Civil Veterinary Department Bengal reports 1923-33 - 1923-1933
Year: 1923
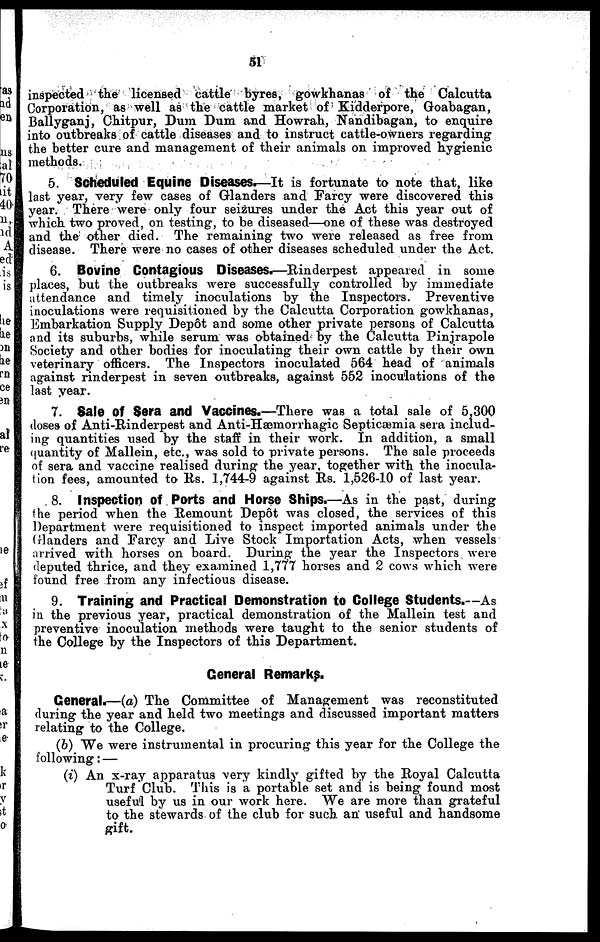
51
inspected the licensed cattle byres, gowkhanas of the Calcutta
Corporation, as well as the cattle market of Kidderpore, Goabagan,
Ballyganj, Chitpur, Dum Dum and Howrah, Nandibagan, to enquire
into outbreaks of cattle diseases and to instruct cattle-owners regarding
the better cure and management of their animals on improved hygienic
methods.
5. Scheduled Equine Diseases.—It is fortunate to note that, like
last year, very few cases of Glanders and Farcy were discovered this
year. There were only four seizures under the Act this year out of
which two proved, on testing, to be diseased—one of these was destroyed
and the other died. The remaining two were released as free from
disease. There were no cases of other diseases scheduled under the Act.
6. Bovine Contagious Diseases.—Rinderpest appeared in some
places, but the outbreaks were successfully controlled by immediate
attendance and timely inoculations by the Inspectors. Preventive
inoculations were requisitioned by the Calcutta Corporation gowkhanas,
Embarkation Supply Depot and some other private persons of Calcutta
and its suburbs, while serum was obtained by the Calcutta Pinjrapole
Society and other bodies for inoculating their own cattle by their own
veterinary officers. The Inspectors inoculated 564 head of animals
against rinderpest in seven outbreaks, against 552 inoculations of the
last year.
7. Sale of Sera and Vaccines.—There was a total sale of 5.300
doses of Anti-Rinderpest and Anti-Hæinorrhagic Septicæmia sera includ-
ing quantities used by the staff in their work. In addition, a small
quantity of Mallein, etc., was sold to private persons. The sale proceeds
of sera and vaccine realised during the year, together with the inocula-
tion fees, amounted to lis. 1,744-9 against Rs. 1,526-10 of last year.
8. Inspection of Ports and Horse Ships.—As in the past, during
the period when the Remount Depot was closed, the services of this
Department were requisitioned to inspect imported animals under the
Glanders and Farcy and Live Stock Importation Acts, when vessels
arrived with horses on board. During the year the Inspectors were
deputed thrice, and they examined 1,777 horses and 2 cows which were
found free from any infectious disease.
9. Training and Practical Demonstration to College Students.—As
in the previous year, practical demonstration of the Mallein test and
preventive inoculation methods were taught to the senior students of
the College by the Inspectors of this Department.
General Remarks.
General.—(a) The Committee of Management was reconstituted
during the year and held two meetings and discussed important matters
relating to the College.
(b) We were instrumental in procuring this year for the College the
following: —
(i) An x-ray apparatus very kindly gifted by the Royal Calcutta
Turf Club. This is a portable set and is being found most
useful by us in our work here. We are more than grateful
to the stewards of the club for such an useful and handsome
gift.